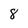
Character: 8